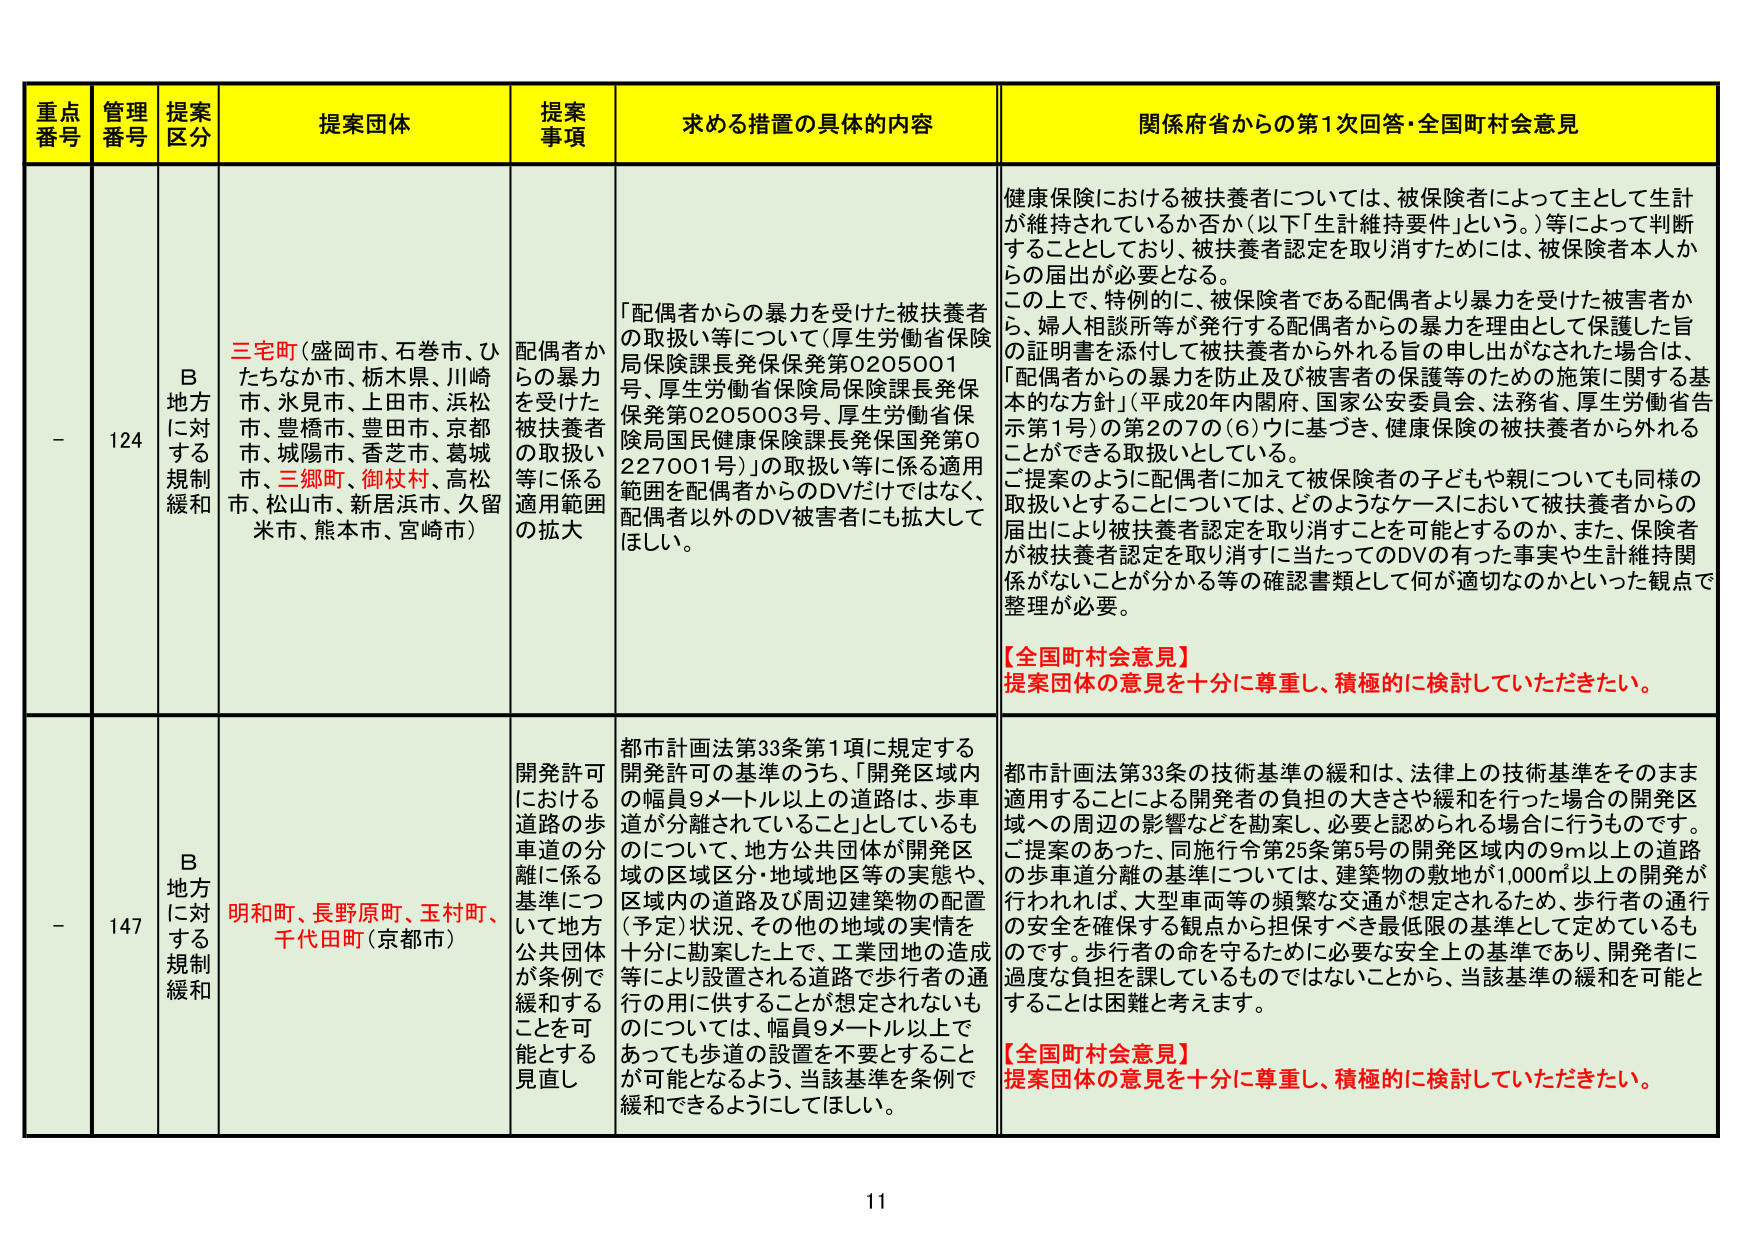
重点番号 管理番号 提案区分 提案団体 提案事項 求める措置の具体的な内容 関係府省からの第1次回答・全国町村会意見
- 124 B地方に対する規制緩和 三宅町（盛岡市、石巻市、ひたちなか市、栃木県、川崎市、氷見市、上田市、浜松市、豊橋市、豊田市、京都市、城陽市、香芝市、葛城市、三郷町、御杖村、高松市、松山市、新居浜市、久留米市、熊本市、宮崎市） 配偶者からの暴力を受けた被扶養者の取扱い等に係る適用範囲の拡大 「配偶者からの暴力を受けた被扶養者の取扱い等について（厚生労働省保険局保険課長発保保発第0205001号、厚生労働省保険局保険課長発保保発第0205003号、厚生労働省保険局国民健康保険課長発保国発第0227001号）」の取扱い等に係る適用範囲を配偶者からのDVだけではなく、配偶者以外のDV被害者にも拡大してほしい。 健康保険における被扶養者については、被保険者によって主として生計が維持されているか否か（以下「生計維持要件」という。）等によって判断することとしており、被扶養者認定を取り消すためには、被保険者本人からの届出が必要となる。この上で、特例的に、被保険者である配偶者より暴力を受けた被害者から、婦人相談所等が発行する配偶者からの暴力を理由として保護した旨の証明書を添付して被扶養者から外れる旨の申し出がなされた場合は、「配偶者からの暴力を防止及び被害者の保護等のための施策に関する基本的な方針」（平成20年内閣府、国家公安委員会、法務省、厚生労働省告示第1号）の第2の7の（6）ウに基づき、健康保険の被扶養者から外れることができる取扱いとしている。ご提案のように配偶者に加えて被保険者の子どもや親についても同様の取扱いとすることについては、どのようなケースにおいて被扶養者からの届出により被扶養者認定を取り消すことを可能とするのか、また、保険者が被扶養者認定を取り消すに当たってのDVのあった事実や生計維持関係がないことが分かる等の確認書類として何が適切なのかといった観点で整理が必要。【全国町村会意見】提案団体の意見を十分に尊重し、積極的に検討していただきたい。
- 147 B地方に対する規制緩和 明和町、長野原町、玉村町、千代田町（京都市） 開発許可における道路の歩車道の分離に係る基準について地方公共団体が条例で緩和することを可能とする見直し 都市計画法第33条第1項に規定する開発許可の基準のうち、「開発区域内の幅員9メートル以上の道路は、歩車道が分離されていること」としているものについて、地方公共団体が開発区域の区域区分・地域地区等の実態や、区域内の道路及び周辺建築物の配置（予定）状況、その他の地域の実情を十分に勘案した上で、工業団地の造成等により設置される道路で歩行者の通行の用に供することが想定されないものについては、幅員9メートル以上であっても歩道の設置を不要とすることが可能となるよう、当該基準を条例で緩和できるようにしてほしい。 都市計画法第33条の技術基準の緩和は、法律上の技術基準をそのまま適用することによる開発者の負担の大きさや緩和を行った場合の開発区域への周辺の影響などを勘案し、必要と認められる場合に行うものです。ご提案のあった、同施行令第25条第5号の開発区域内の9m以上の道路の歩車道分離の基準については、建築物の敷地が1,000㎡以上の開発が行われれば、大型車両等の頻繁な交通が想定されるため、歩行者の通行の安全を確保する観点から担保すべき最低限の基準として定めているものです。歩行者の命を守るために必要な安全上の基準であり、開発者に過度な負担を課しているものではないことから、当該基準の緩和を可能とすることは困難と考えます。【全国町村会意見】提案団体の意見を十分に尊重し、積極的に検討していただきたい。
11